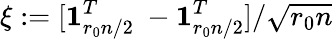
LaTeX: \xi:=[\mathbf{1}_{r_{0}n/2}^{T}~-\mathbf{1}_{r_{0}n/2}^{T}]/\sqrt{r_{0}n}